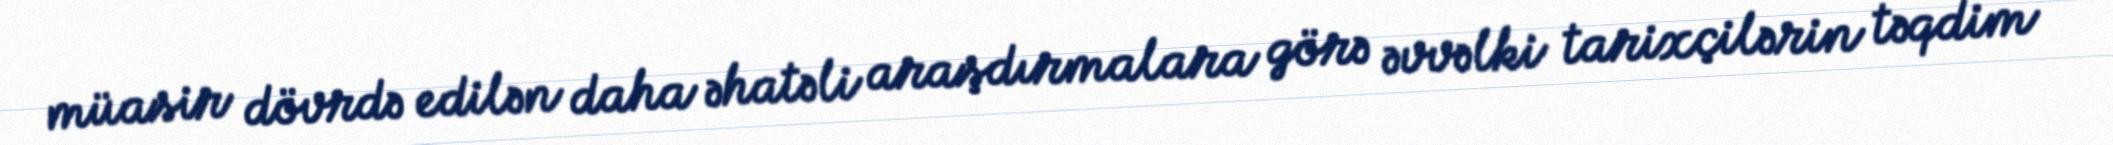
müasir dövrdə edilən daha əhatəli araşdırmalara görə əvvəlki tarixçilərin təqdim